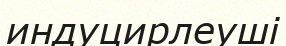
индуцирлеуші